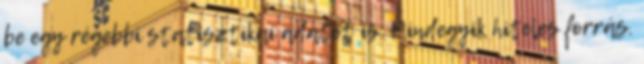
be egy régebbi statisztikai adatot is. Mindegyik hiteles forrás.